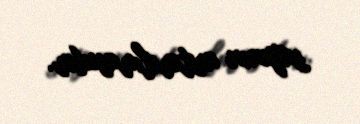
sayının artırılmasıdır.